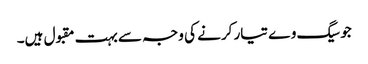
جوسیگ وے تیار کرنے کی وجہ سے بہت مقبول ہیں۔